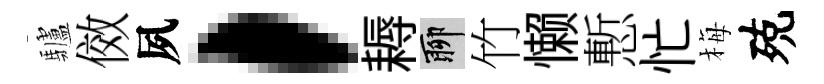
驢傚夙，耨聊竹懒慙忙梅殑